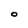
Character: O